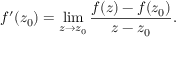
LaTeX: f ^ { \prime } ( z _ { 0 } ) = \operatorname* { l i m } _ { z \to z _ { 0 } } { \frac { f ( z ) - f ( z _ { 0 } ) } { z - z _ { 0 } } } .